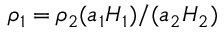
\rho _ { 1 } = \rho _ { 2 } ( a _ { 1 } H _ { 1 } ) / ( a _ { 2 } H _ { 2 } )